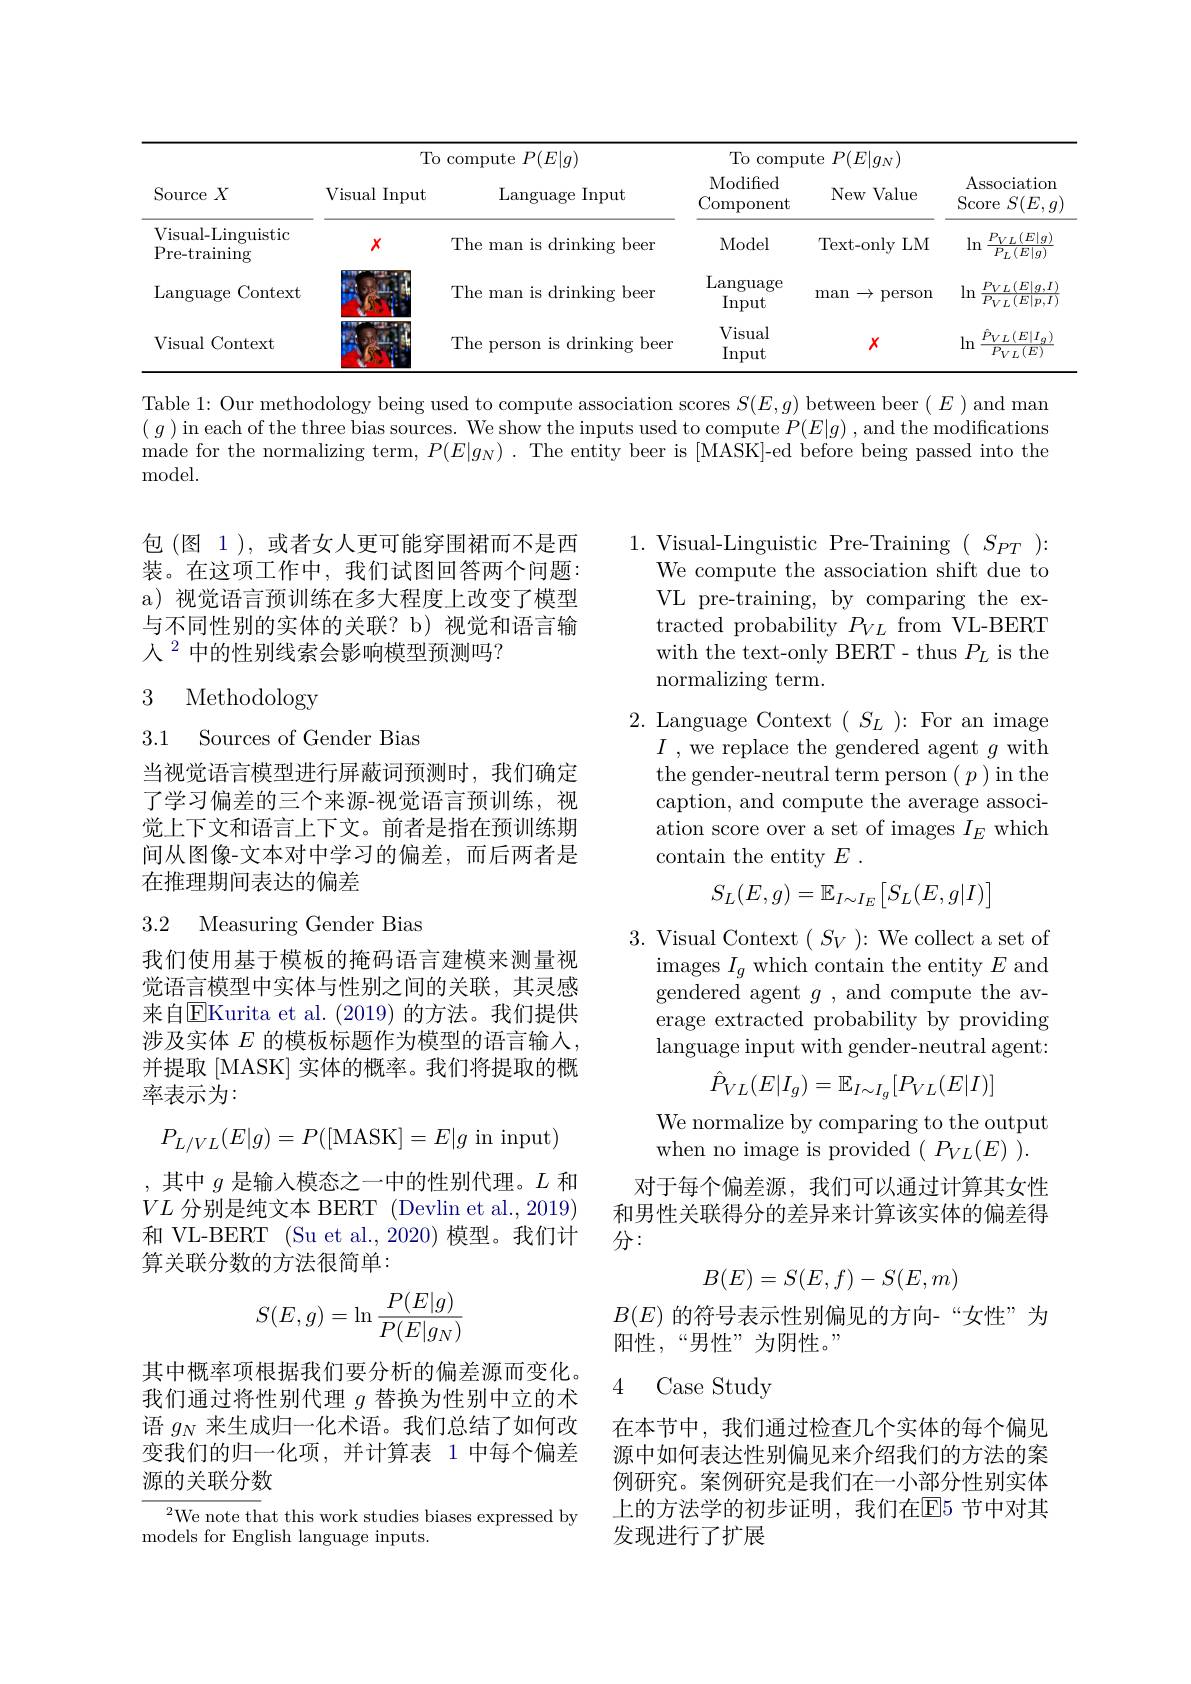
<table>
	<tbody>
		<tr>
			<th rowspan="2">ource $X$</th>
			<th colspan="2">To compute $P(E|g)$</th>
			<th>$To$ $\operatorname{compu}$</th>
			<th>$\iota te$ $P(E|g_{N})$</th>
			<th rowspan="2">Associati Score $S(E$</th>
		</tr>
		<tr>
			<th>Visual Input</th>
			<th>Language Input</th>
			<th>Modifed $\operatorname{Component}$</th>
			<th>New Value</th>
		</tr>
		<tr>
			<td>isual- Linguistic re-training</td>
			<td>$X$</td>
			<td>The man is drinking $\textcircled{\mathrm{r}}$beer</td>
			<td>Model</td>
			<td>Text- only $LM$</td>
			<td>$P_{VL}(E|$ $\ln$ $P_{L}(E|$g</td>
		</tr>
		<tr>
			<td>$\operatorname{anguage}$ Context</td>
			<td> </td>
			<td>The man is drinking beer</td>
			<td>$\operatorname{Language}$ $\operatorname{Input}$</td>
			<td>man $\rightarrow$ ${\mathrm{~person}}$</td>
			<td>$P_{VL}\left(E\right|$ $\lim$ $\overline{P_{VL}(E|_{F})}$</td>
		</tr>
		<tr>
			<td>isual $\operatorname{l}$Context</td>
			<td> </td>
			<td>The person is drinking beer</td>
			<td>Visual Input</td>
			<td>$X$</td>
			<td>$\hat{P}_{VL}(E|H)$ $\ln$ ${P_{VL}(E)}$</td>
		</tr>
	</tbody>
</table>

Table 1: Our methodology being used to compute association scores $S(E,g)$ between beer $(E)$ and man $(g)$in each of the three bias sources. We show the inputs used to compute $P(E|g)$, and the modifications made for the normalizing term, $P(E|g_N).$ The entity beer is [MASK]-ed before being passed into the ${\mathrm{model}}.$

包(图 1),或者女人更可能穿围裙而不是西装。在这项工作中，我们试图回答两个问题： a) 视觉语言预训练在多大程度上改变了模型与不同性别的实体的关联？b) 视觉和语言输人$^{2}$中的性别线索会影响模型预测吗？

1.Visual-Linguistic Pre-Training$(S_PT)\colon$
We compute the association shift due to VL pre-training, by comparing the extracted probability $P_{VL}$ from VL-BERT with the text-only BERT- thus $P_L$ is the normalizing term.

3 Methodology

2. Language Context$(S_L)\colon$For an image
$I$ , we replace the gendered agent $g$ with the gender-neutral term person $(p)$in the caption, and compute the average association score over a set of images $I_E$ which contain the entity $E$ .
$$S_L(E,g)=\mathbb{E}_{I\sim I_E}\big[S_L(E,g|I)\big]$$
## 3.1 Sources of Gender Bias

当视觉语言模型进行屏蔽词预测时，我们确定了学习偏差的三个来源-视觉语言预训练，视觉上下文和语言上下文。前者是指在预训练期间从图像-文本对中学习的偏差，而后两者是在推理期间表达的偏差

## 3.2 Measuring Gender Bias

3. Visual Context $(S_V)\colon$We collect a set of
${\mathrm{images~}}I_{g}{\mathrm{~which~contain~the~entity~}}E$ and gendered agent $g$, and compute the average extracted probability by providing language input with gender-neutral agent:

我们使用基于模板的掩码语言建模来测量视觉语言模型中实体与性别之间的关联，其灵感来自$\overline{\mathrm{E}}$Kurita et al.(2019) 的方法。我们提供涉及实体$E$的模板标题作为模型的语言输入， 并提取 [MASK] 实体的概率。我们将提取的概率表示为：
$$\hat{P}_{VL}(E|I_g)=\mathbb{E}_{I\sim I_g}[P_{VL}(E|I)]$$
We normalize by comparing to the output when no image is provided $(P_{VL}(E)).$
$$P_{L/VL}(E|g)=P([\text{MASK}]=E|g\text{in input})$$
,其中$g$是输入模态之一中的性别代理。$L$和$VL$分别是纯文本 BERT (Devlin et al., 2019) 和 VL-BERT (Su et al., 2020) 模型。我们计

对于每个偏差源，我们可以通过计算其女性和男性关联得分的差异来计算该实体的偏差得分：

算关联分数的方法很简单：
$$B(E)=S(E,f)-S(E,m)$$
$$S(E,g)=\ln\frac{P(E|g)}{P(E|g_N)}$$
$B(E)$的符号表示性别偏见的方向-“女性”为
阳性，“男性”为阴性。”

### 4 Case Study

其中概率项根据我们要分析的偏差源而变化。我们通过将性别代理$g$替换为性别中立的术语$g_N$来生成归一化术语。我们总结了如何改变我们的归一化项，并计算表 1 中每个偏差源的关联分数

在本节中，我们通过检查几个实体的每个偏见源中如何表达性别偏见来介绍我们的方法的案例研究。案例研究是我们在一小部分性别实体上的方法学的初步证明，我们在$\mathbb{E}$5 节中对其发现进行了扩展

${^{2}\text{We note that this work studies biases expressed by}}$
models for English language inputs.